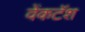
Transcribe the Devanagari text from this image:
वेंकटॅश